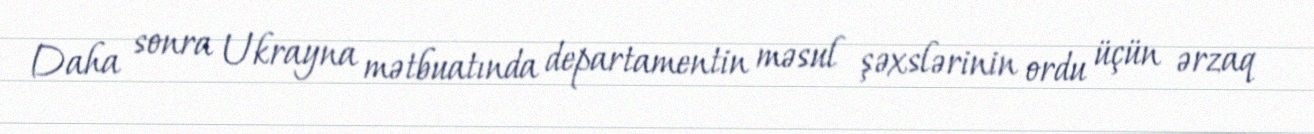
Daha sonra Ukrayna mətbuatında departamentin məsul şəxslərinin ordu üçün ərzaq